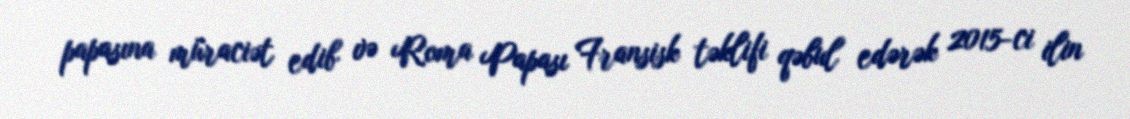
papasına müraciət edib və Roma Papası Fransisk təklifi qəbul edərək 2015-ci ilin